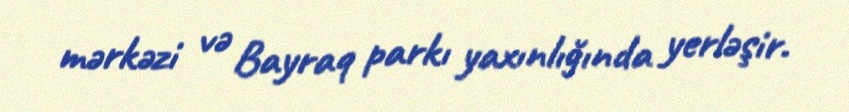
mərkəzi və Bayraq parkı yaxınlığında yerləşir.